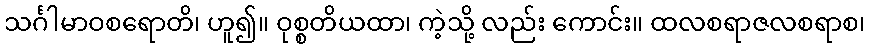
သင်္ဂါမာဝစရောတိ၊ ဟူ၍။ ဝုစ္စတိယထာ၊ ကဲ့သို့ လည်း ကောင်း။ ထလစရာဇလစရာစ၊